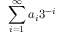
\sum _ { i = 1 } ^ { \infty } a _ { i } 3 ^ { - i }